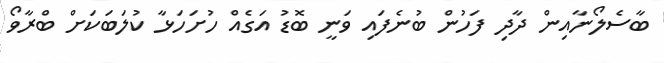
ބާސެލޯނާއިން ދާދި ފަހުން ބުނެފައި ވަނީ ބޮޑު އަގެއް ހުށަހަޅާ ކުލަބަކަށް ބްރާވޯ